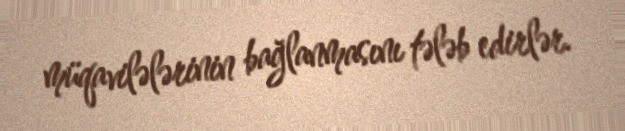
müqavilələrinin bağlanmasını tələb edirlər.